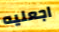
اجعليه